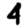
Digit: 4